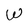
Character: W